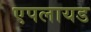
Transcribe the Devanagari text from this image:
एपलायड